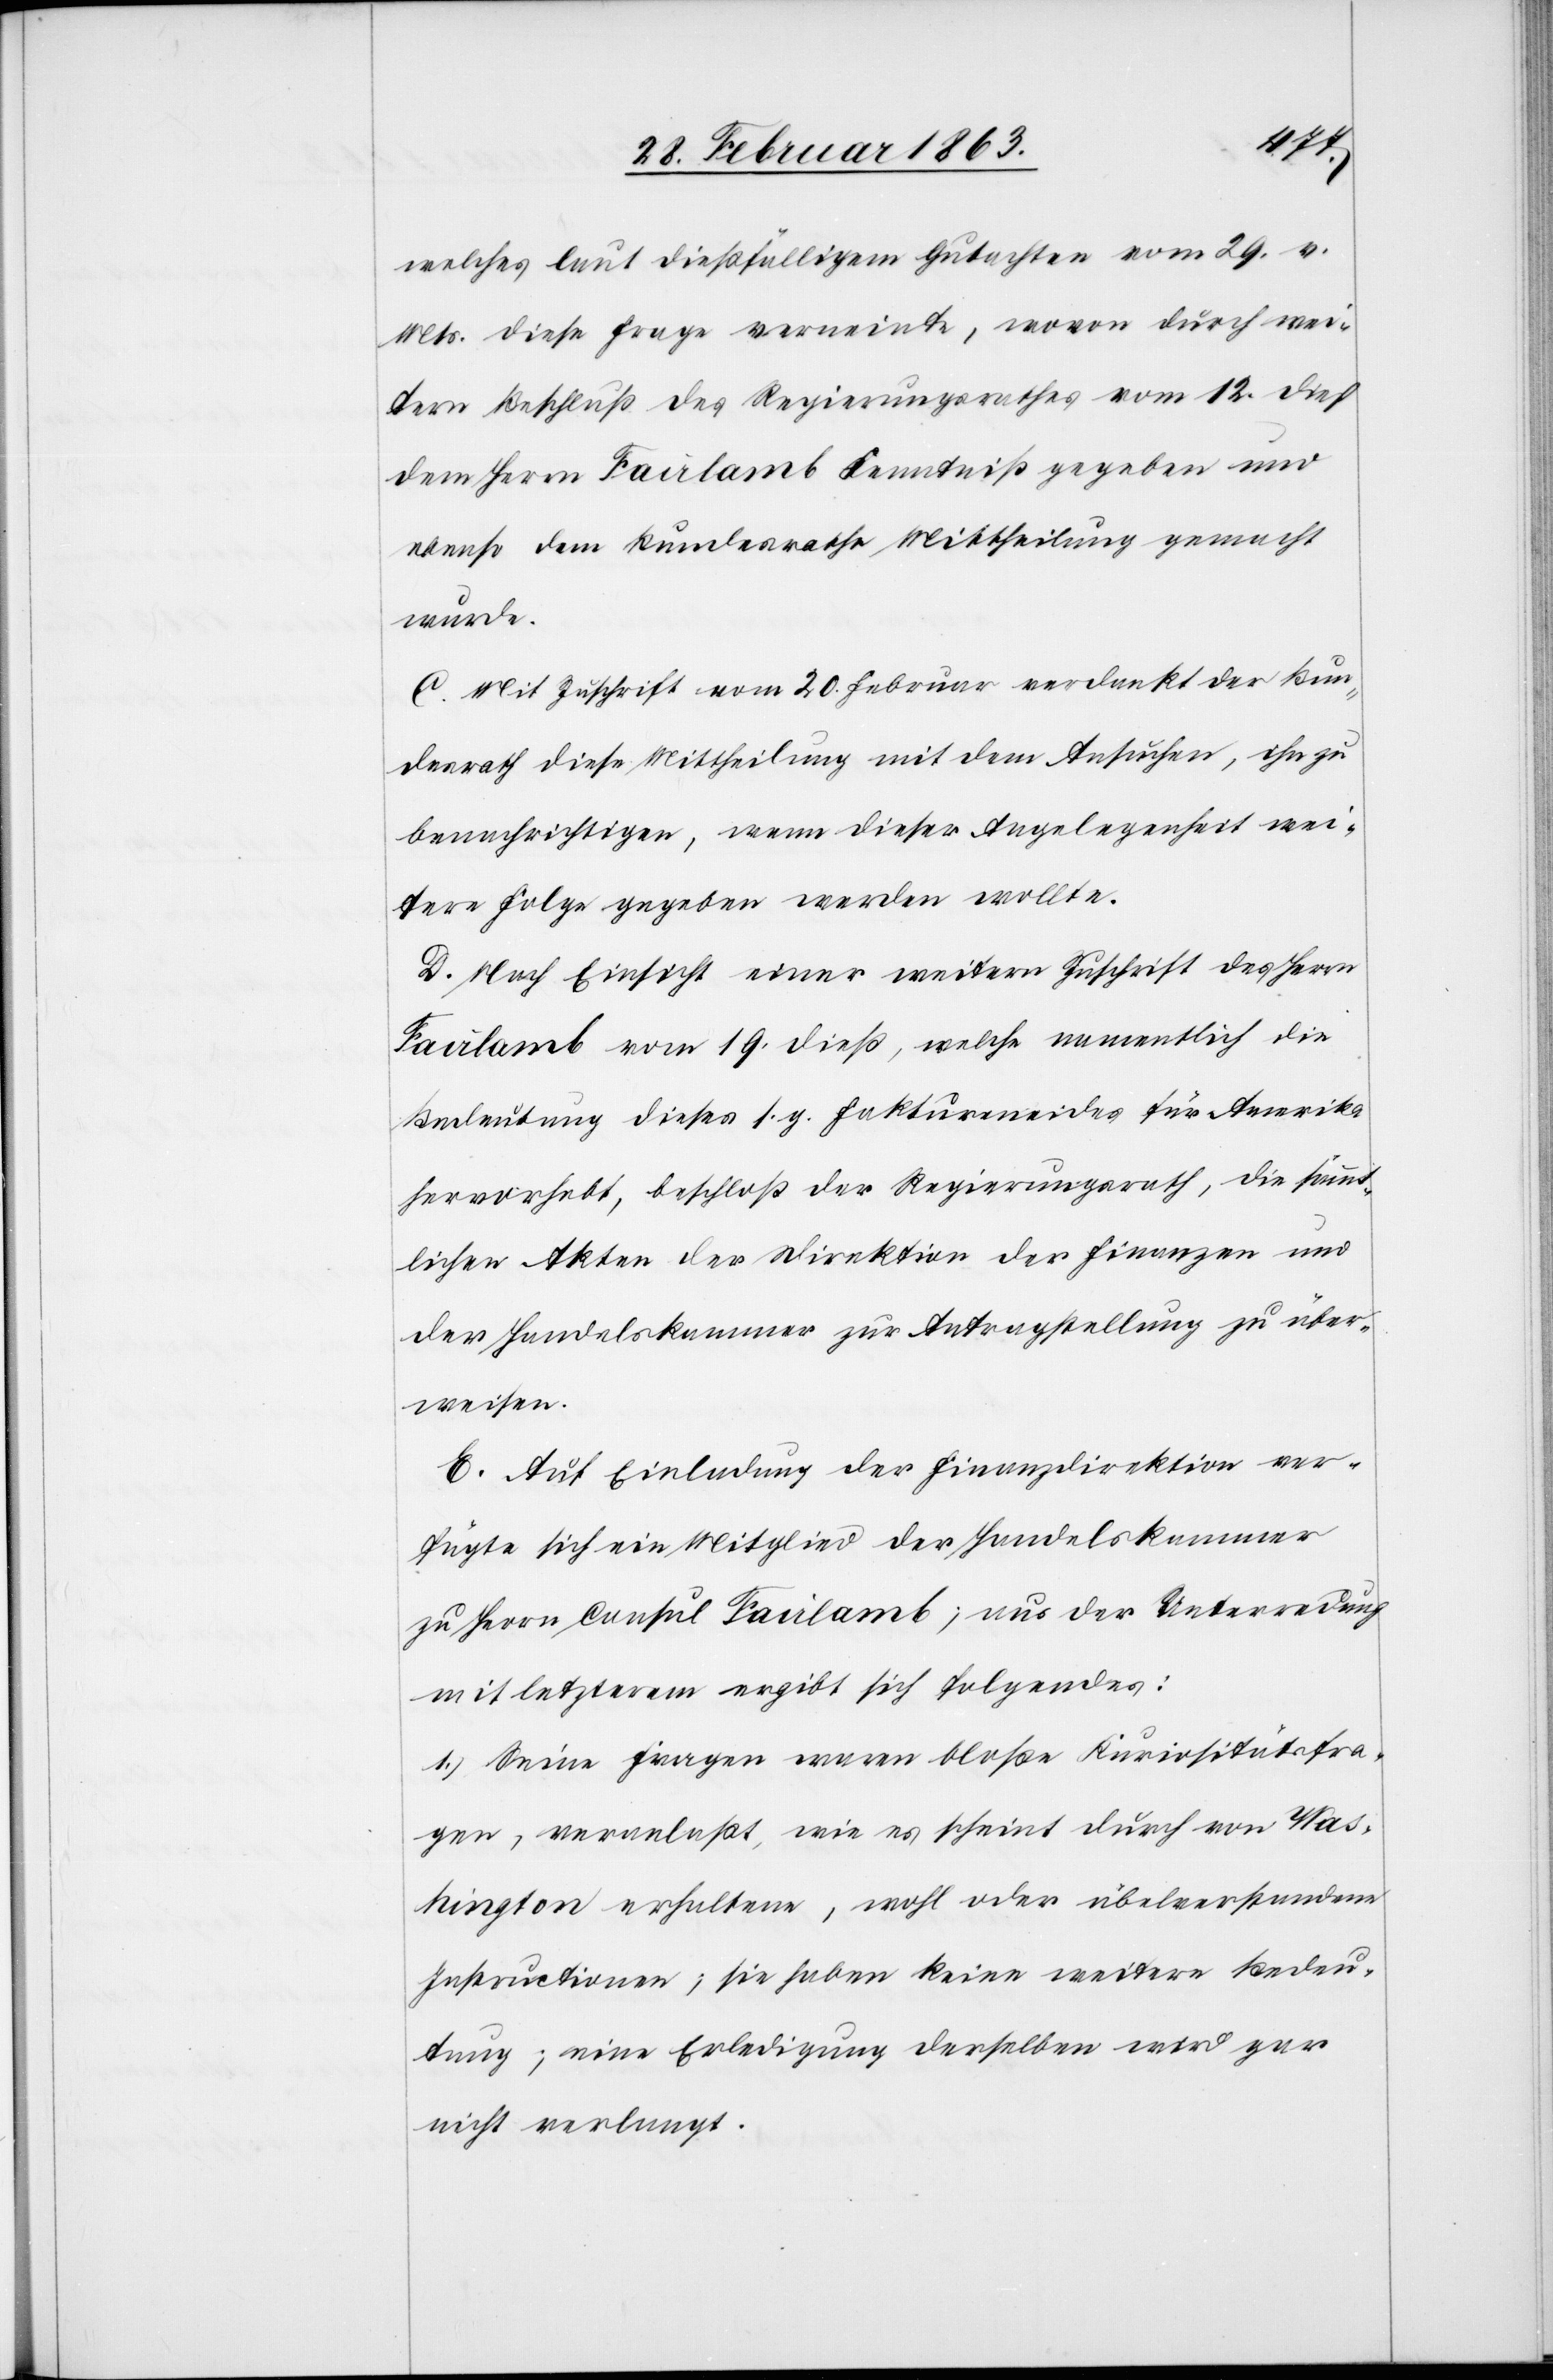
welches laut dießfälligem Gutachten vom 29. v.
Mts. diese Frage verneinte, wovon durch wei¬
tern Beschluß des Regierungsrathes vom 12. dieß
dem Herrn Fairlamb Kenntniß gegeben und
ebenso dem Bundesrathe Mittheilung gemacht
wurde.
C. Mit Zuschrift vom 20. Februar verdankt der Bun¬
desrath diese Mittheilung mit dem Ansuchen, ihn zu
benachrichtigen, wenn dieser Angelegenheit wei¬
tere Folge gegeben werden wollte.
D. Nach Einsicht einer weitern Zuschrift des Herrn
Fairlamb vom 19. dieß, welche namentlich die
Bedeutung dieses s. g. Faktureneides für Amerika
hervorhebt, beschloß der Regierungsrath, die sämmt¬
lichen Akten der Direktion der Finanzen und
der Handelskammer zur Antragstellung zu über¬
weisen.
E. Auf Einladung der Finanzdirektion ver¬
fügte sich ein Mitglied der Handelskammer
zu Herrn Consul Fairlamb; aus der Unterredung
mit letzterem ergibt sich folgendes:
1. Seine Fragen waren bloße Kuriositätsfra¬
gen, veranlaßt, wie es schient durch von Was¬
hington erhaltene, wohl oder überverstandene
Instructionen; sie haben keine weitere Bedeu¬
tung; eine Erledigung derselben wird gar
nicht verlangt.